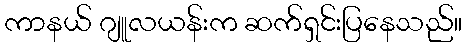
ကာနယ် ဂျူလယန်းက ဆက်ရှင်းပြနေသည်။